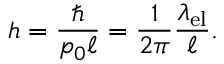
h = \frac { \hbar } { p _ { 0 } \ell } = \frac { 1 } { 2 \pi } \frac { \lambda _ { \mathrm { e l } } } { \ell } .